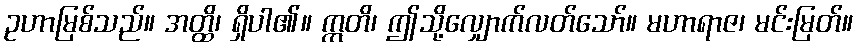
ဥဟာမြစ်သည်။ အတ္ထိ၊ ရှိပါ၏။ ဣတိ၊ ဤသို့လျှောက်လတ်သော်။ မဟာရာဇ၊ မင်းမြတ်။